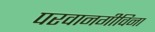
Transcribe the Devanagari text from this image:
परवानगीविना